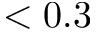
< 0 . 3